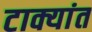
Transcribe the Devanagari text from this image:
टाक्यांत